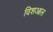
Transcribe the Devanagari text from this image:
विशआल